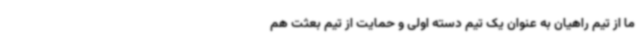
ما از تیم راهیان به عنوان یک تیم دسته اولی و حمایت از تیم بعثت هم